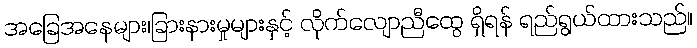
အခြေအနေများ၊ခြားနားမှုများနှင့် လိုက်လျောညီထွေ ရှိရန် ရည်ရွယ်ထားသည်။